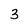
Character: 3